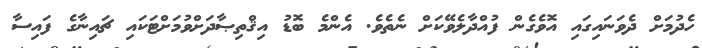
ހެދުމަށް ދެވަނައިގައި އޮވެގެން ފުއްދާލެވޭކަށް ނެތެވެ. އެންމެ ބޮޑު އިޤްތިޞާދަށްވުމަށްޓަކައި ޗައިނާގެ ފައިސާ